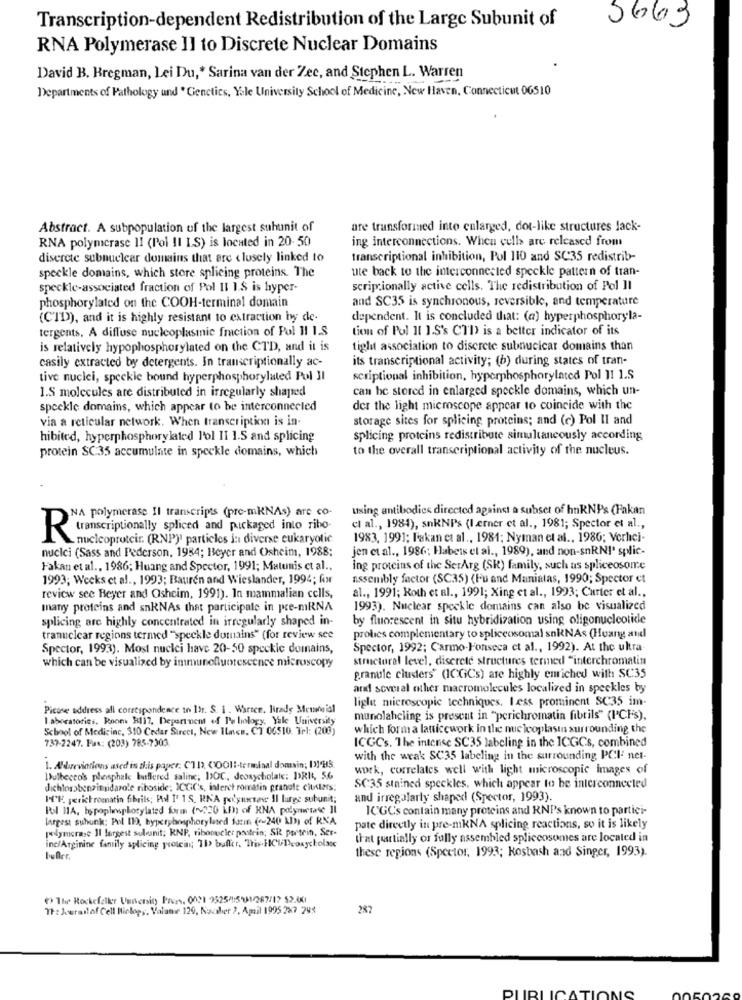
Transcription-dependent Redistribution of the Large Subunit of
5663
RNA Polymerase Il to Discrete Nuclear Domains
David B. Bregman, Lei Du ,* Sarina van der Zee, and Stephen L. Warren
Departments of Pathology und * Genetics, Yale University School of Medicine, New Haven, Connecticut 06510
Abstract. A subpopulation of the largest suhunit of
are transformed into cularged, dot-like structures lack-
RNA polymerase II (Pol II I.S) is located in 20-50
ing interconnections. When cells are released from
discrete subnuclear domains that are closely linked to
transcriptional inhibition, Pol 110 and SC35 redistrib-
ute back to the interconnected speckle pattern of tran-
speckle domains, which store splicing proteins. The
speckle-associated fraction of Pol II 1.$ is hyper-
scriptionally active cells. The redistribution of Pol II
and SC35 is synchronous, reversible, and temperature
phosphorylated on the COOH-terminal domain
(CTD), and it is highly resistant to extraction by de-
dependent. It is concluded that: (a) hyperphosphoryla-
tergents, A diffuse nucleoplasmie fraction of Pol II I.S
tion of Pol I[ ].S's CTD is a better indicator of its
is relatively hypophosphorylated on the CTD, and it is
tight association to discrete subnucicar domains than
casily extracted by detergents. In transcriptionally ac-
its transcriptional activity; (b) during states of tran-
tive nuclei, speckle bound hyperphosphorylated Pol JI
scriptional inhibition, hyperphosphorylated Pol JI 1.S
1.S molecules are distributed in irregularly shaped
can be stored in enlarged speckle domains, which un-
speckle domains, which appear to be interconnected
der the light microscope appear to coincide with the
via a reticular network. When transcription is in-
storage sites for splicing proteins; and (c) Pol Il and
hibited, hyperphosphorylated l'ol II 1.5 and splicing
splicing proteins redistribute simultaneously according
protein SC:35 accumulate in speckle domains, which
to the overall transcriptional activity of the nucleus.
using antibodies directed against a subset of hnRNPs (Fakan
NA polymerase Il transcripts (pre-mKNAs) are co-
transcriptionally spliced and packaged into ribo-
cl al ., 1984), snRNPs (I.erner et al ., 1981; Spector et al .,
R
nucleoproteir. (RNP)" particles in diverse eukaryotic
1983, 1991; Fakan et al ., 1981; Nyman et al ., 1986; Verhei-
nuclei (Sass and Pederson, 1984; Beyer and Osheim, 1988;
jen et al ., 1986; Habets et al ., 1989), and non-snRNI' splic-
Fakan et al ., 1986; Huang and Spector, 1991; Matunis et al .,
ing proteins of the SerArg (SK) family, such as spliceosome
1993; Weeks et al ., 1993; Bauren and Wieslander, 1994; fx
assembly factor (SC35) (Fu and Maniatas, 1990; Spector et
al ., 1991; Roth et al ., 1991; Xing et al ., 1993; Carter et al .,
review see Beyer and Osheim, 1991). In mammalian cells,
many proteins and snRNAs that participate in pre-mRNA
1993). Nuclear speckle domains can also be visualized
splicing are highly concentrated in irregularly shaped in-
by fluorescent in situ hybridization using oligonucleotide
tranuclear regions termed "speckle domains" (for review see
prolies complementary to spliceosomal snRNAs (Huang and
Spector, 1993). Most nuclei have 20-50 speckle domains,
Spector, 1992; Carmo-Fonseca et al ., 1992). At the ukra-
structural level, discrete structures termed "interchromatin
which can be visualized by immunofluorescence microscopy
granule clusters" (ICGCs) are highly enriched with SC35
and several other macromolecules localized in speckles by
light microscopic techniques. Less prominent SC35 im-
Picose address all correspondence to Itr. S. I . Warten. Brady Menneial
laboratories. Rooms H117, Department of Pe biology, Yale University
munolaheling is present in "perichromatin fibrils" (ICH's).
School of Medicine, 310 Cedar Street, New Inen, CT 06510. Tel: (200)
which form a latticework in the nucleoplastns surrounding the
737-2247. Fax: (203) 785-7303.
ICGCs. The intense SC35 labeling in the ICGCs, combined
with the weak SC35 labeling in the surrounding PCI net-
1. A'deviations ased is ais paper, CTI), COO11-terminal domain; IWHS.
work, correlates well with light microscopic images of
Dulbecco's phosphale buffered saline; DOC, deoxycholale: DRI, 56
dichlosobenzimidazole riboside; ICGiC's, interet romatin granate clusters:
SC:35 stained speckles, which appear to be interconnected
HE, perichromatin fibrils; PA I' TS, RNA polyustaw Il large subunit;
and irregularly shaped (Spector, 1993).
Pool IIA, topophosphosylated form (~220 Km) of RNA polymerase Il
ICGCs contain many proteins and RNP's known to partici-
largest subunk: Pol ID), byperphosphorylated fatin (-240 MIN) of RNA
polymerase Il largest subunit; KNP, ribonucler pastrin; SR partein, Ser-
pate directly in pre-mkNA splicing reactions, so it is likely
urat partially or fully assembled spliceosomes are located in
inc/Arginine family splicing protein; 11> buffer. Tris-HCUPconycholac
these regions (Spector, 1993; Kosbash and Singer, 1993).
buffer.
*) The Rockefeller Unionin Proc. 0021 2525/15001/287/17 52.00
The Journalof Cell Biology. Valane 120, Nacaber 2. April 1995 287 248
287
PUBLICATIONS